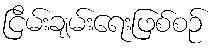
ငြိမ်းချမ်းရေးဖြစ်စဉ်